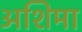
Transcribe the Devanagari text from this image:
अशिमा